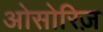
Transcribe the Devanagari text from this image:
ओसोरिज़